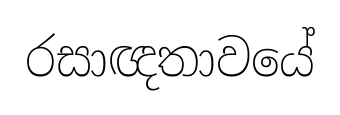
රසාඥතාවයේ